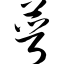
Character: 萼